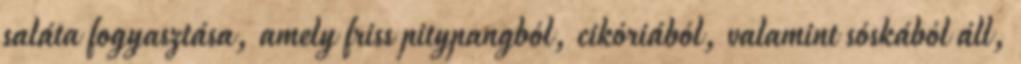
saláta fogyasztása, amely friss pitypangból, cikóriából, valamint sóskából áll,